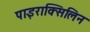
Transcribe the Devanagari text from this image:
पाइराक्सिलिन